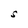
Character: S